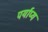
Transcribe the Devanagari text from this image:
पर्याप्य